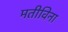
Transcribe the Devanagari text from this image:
मतीविना